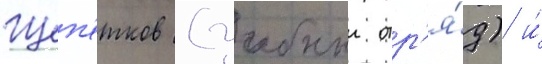
Щеп'етков (учебныи отр'я́д) и́